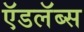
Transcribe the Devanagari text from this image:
ऍडलॅब्स